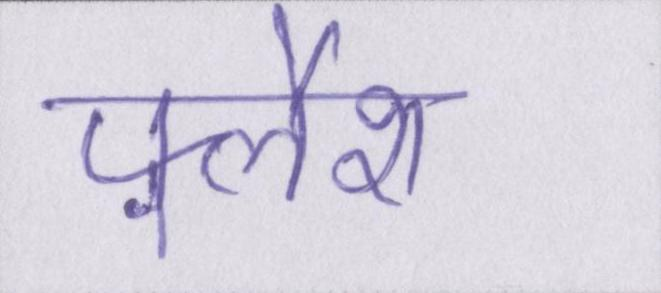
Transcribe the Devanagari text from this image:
फ़्लैश